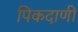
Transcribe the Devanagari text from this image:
पिकदाणी